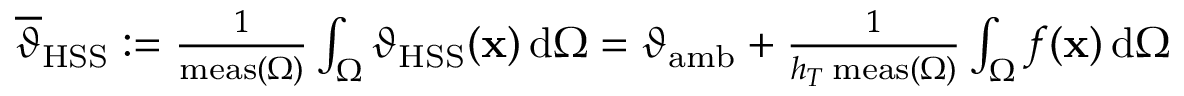
\begin{array} { r } { \overline { { \vartheta } } _ { \mathrm { H S S } } : = \frac { 1 } { \mathrm { m e a s } ( \Omega ) } \int _ { \Omega } \vartheta _ { \mathrm { H S S } } ( \mathbf { x } ) \, \mathrm { d } \Omega = \vartheta _ { \mathrm { a m b } } + \frac { 1 } { h _ { T } \, \mathrm { m e a s } ( \Omega ) } \int _ { \Omega } f ( \mathbf { x } ) \, \mathrm { d } \Omega } \end{array}